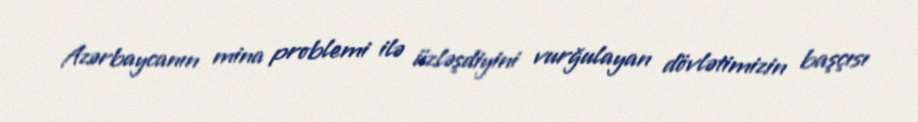
Azərbaycanın mina problemi ilə üzləşdiyini vurğulayan dövlətimizin başçısı